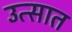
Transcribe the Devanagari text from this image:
उत्सात